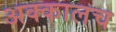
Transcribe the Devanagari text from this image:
अक्कालच